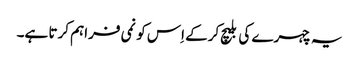
یہ چہرے کی بلیچ کرکے اِس کو نمی فراہم کرتا ہے۔